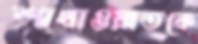
শাখাওয়াতকে